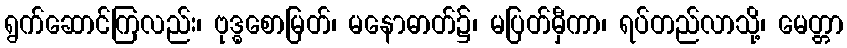
ရွက်ဆောင်ကြလည်း၊ ဗုဒ္ဓစောမြတ်၊ မနောဓာတ်၌၊ မပြတ်မှီကာ၊ ရပ်တည်လာသို့၊ မေတ္တာ